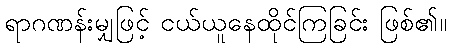
ရာဂဏန်းမျှဖြင့် ငယ်ယူနေထိုင်ကြခြင်း ဖြစ်၏။